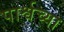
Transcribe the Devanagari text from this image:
पार्श्वच्या